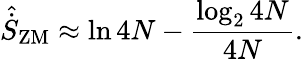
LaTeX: \hat{\dot{S}}_{\mathrm{ZM}}\approx\ln{4N}-\frac{\log_{2}{4N}}{4N}.